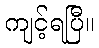
ကျင့်ရပြီ။